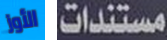
الأوز مستندات